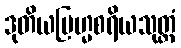
ဒုတိယဗြဟ္မစရိယသုတ္တံ